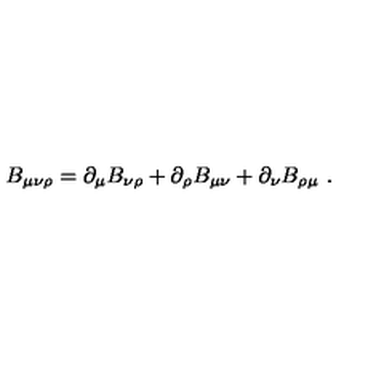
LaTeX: B _ { \mu \nu \rho } = \partial _ { \mu } B _ { \nu \rho } + \partial _ { \rho } B _ { \mu \nu } + \partial _ { \nu } B _ { \rho \mu } \ .